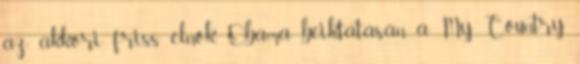
az akkori friss elnök, Obama beiktatásán a My Country